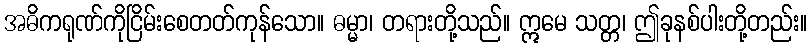
အဓိကရုဏ်ကိုငြိမ်းစေတတ်ကုန်သော။ ဓမ္မာ၊ တရားတို့သည်။ ဣမေ သတ္တ၊ ဤခုနစ်ပါးတို့တည်း။